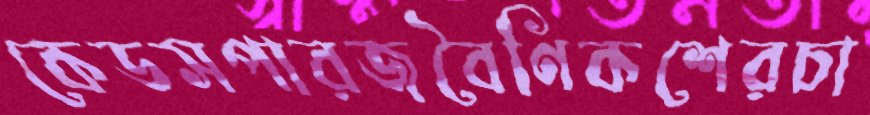
কেডসপারজবৈণিকশেরচা